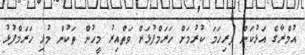
އުމްރާގެ އަޅުކަން ފުރިހަމަ ކުރުމަށް ހަރަމްފުޅަށް ވަތްއިރު މީހުން ތަކުން މުޅި ހަރަމްފުޅު